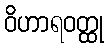
ဝိဟာရဝတ္ထု